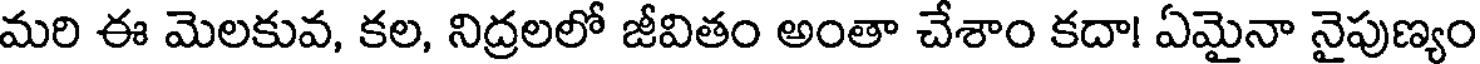
మరి ఈ మెలకువ, కల, నిద్రలలో జీవితం అంతా చేశాం కదా! ఏమైనా నైపుణ్యం